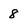
Character: 8